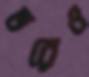
ভরেও